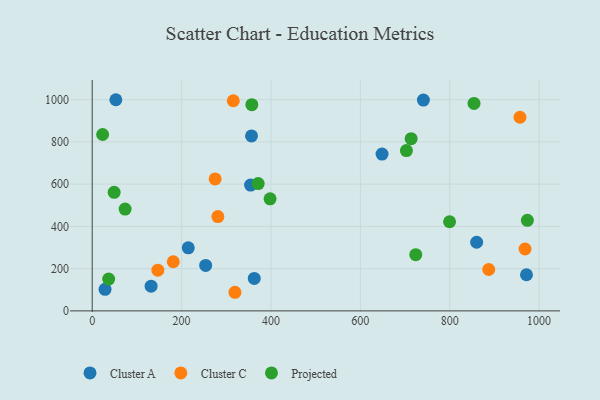
{"axis": {"x": "Investment", "y": "Salary"}, "legend": ["Cluster A", "Cluster C", "Projected"], "data": [{"x": "214.9", "y": 298.4, "type": "Cluster A"}, {"x": "52.9", "y": 999.5, "type": "Cluster A"}, {"x": "253.9", "y": 215.3, "type": "Cluster A"}, {"x": "860.3", "y": 324.8, "type": "Cluster A"}, {"x": "356.5", "y": 828.3, "type": "Cluster A"}, {"x": "362.6", "y": 153.5, "type": "Cluster A"}, {"x": "648.6", "y": 742.1, "type": "Cluster A"}, {"x": "971.8", "y": 171.0, "type": "Cluster A"}, {"x": "28.7", "y": 102.2, "type": "Cluster A"}, {"x": "131.8", "y": 117.0, "type": "Cluster A"}, {"x": "741.1", "y": 997.8, "type": "Cluster A"}, {"x": "354.4", "y": 595.5, "type": "Cluster A"}, {"x": "181.4", "y": 232.5, "type": "Cluster C"}, {"x": "319.4", "y": 88.1, "type": "Cluster C"}, {"x": "968.6", "y": 293.0, "type": "Cluster C"}, {"x": "146.9", "y": 192.8, "type": "Cluster C"}, {"x": "275.1", "y": 624.7, "type": "Cluster C"}, {"x": "957.2", "y": 916.5, "type": "Cluster C"}, {"x": "281.2", "y": 446.6, "type": "Cluster C"}, {"x": "887.3", "y": 195.9, "type": "Cluster C"}, {"x": "315.7", "y": 994.7, "type": "Cluster C"}, {"x": "799.7", "y": 422.0, "type": "Projected"}, {"x": "703.1", "y": 758.6, "type": "Projected"}, {"x": "724.0", "y": 266.2, "type": "Projected"}, {"x": "371.4", "y": 602.4, "type": "Projected"}, {"x": "73.6", "y": 481.8, "type": "Projected"}, {"x": "854.4", "y": 981.9, "type": "Projected"}, {"x": "23.3", "y": 834.8, "type": "Projected"}, {"x": "36.8", "y": 150.8, "type": "Projected"}, {"x": "398.0", "y": 530.3, "type": "Projected"}, {"x": "357.2", "y": 976.2, "type": "Projected"}, {"x": "973.8", "y": 428.7, "type": "Projected"}, {"x": "713.7", "y": 815.1, "type": "Projected"}, {"x": "49.1", "y": 561.4, "type": "Projected"}]}